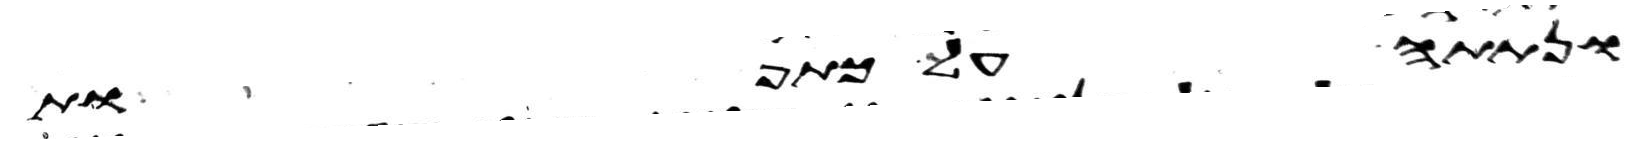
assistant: ונתתה על כתפות